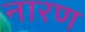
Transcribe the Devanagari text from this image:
नारण